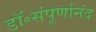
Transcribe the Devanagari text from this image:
डॉ॰संपूर्णानंद